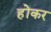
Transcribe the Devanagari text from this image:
होंकर